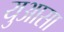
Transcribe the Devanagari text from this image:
युआसा